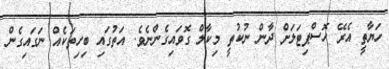
ހަޔާތީ އެރޭ ހޮސްޕިޓަލަށް ދާން ނުކުތީ މިކާލް ގޮވައިގެންނެވެ. އަތުގައި ބިހިތަކެއް ނަގައިގެން